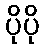
ပိုပို